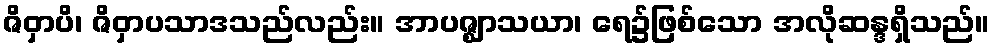
ဇိဝှာပိ၊ ဇိဝှာပသာဒသည်လည်း။ အာပဇ္ဈာသယာ၊ ရေ၌ဖြစ်သော အလိုဆန္ဒရှိသည်။